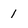
Character: 1